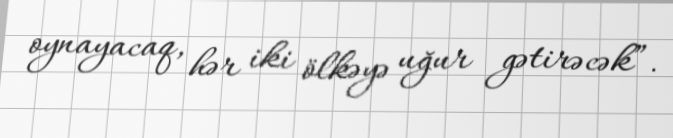
oynayacaq, hər iki ölkəyə uğur gətirəcək”.